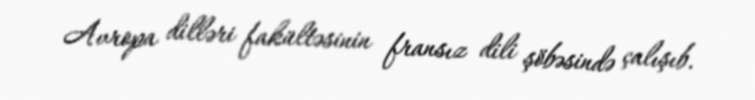
Avropa dilləri fakültəsinin fransız dili şöbəsində çalışıb.